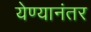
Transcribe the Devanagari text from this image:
येण्यानंतर